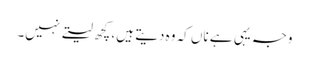
وجہ یہی ہے ناں کہ وہ دیتے ہیں، کچھ لیتے نہیں۔